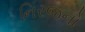
નિરજનો